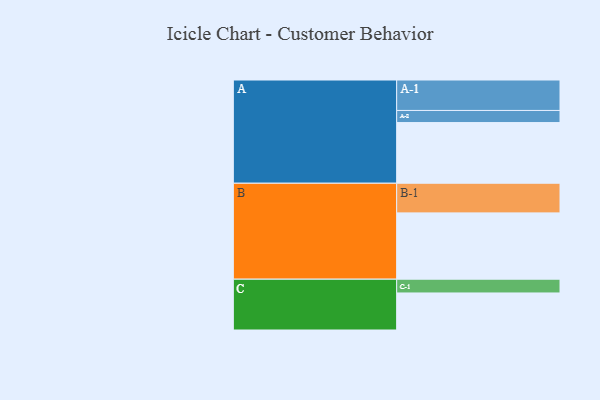
{"axis": {"x": "Segment", "y": "Value"}, "legend": ["", "A", "B", "C"], "data": [{"x": "A", "y": 516, "type": ""}, {"x": "B", "y": 564, "type": ""}, {"x": "C", "y": 315, "type": ""}, {"x": "A-1", "y": 259, "type": "A"}, {"x": "A-2", "y": 103, "type": "A"}, {"x": "B-1", "y": 252, "type": "B"}, {"x": "C-1", "y": 117, "type": "C"}]}